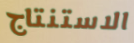
الاستنتاج